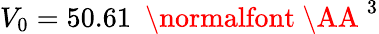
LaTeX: V_{0}=50.61\ \mathrm{~\normalfont~\AA~}^{3}